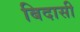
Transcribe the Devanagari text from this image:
बिदासी